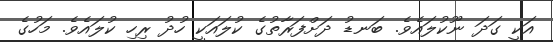
އަކީ ގަދަ ނޫކުލައެވެ. ބަނޑު ދަށްފަރާތުގެ ކުލައަކީ ހުދު ރިހި ކުލައެވެ. މަހުގެ